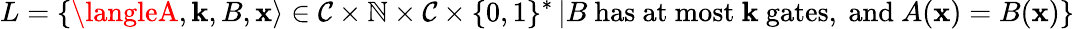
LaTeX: L=\left\{ \langleA,\mathbf{k},B,\mathbf{x}\rangle\in{\mathcal{{C}}}\times\mathbb{{N}}\times{\mathcal{{C}}}\times\{ 0,1\} ^{*}\left|B{\mathrm{{~has~at~most~}}}\mathbf{k}{\mathrm{{~gates,~and~}}}A(\mathbf{x})=B(\mathbf{x})\right.\right\}